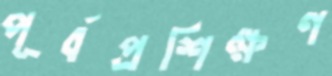
পূর্বপ্রশিক্ষণ